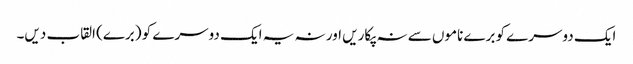
ایک دوسرے کو برے ناموں سے نہ پکاریں اور نہ یہ ایک دوسرے کو (برے) القاب دیں۔